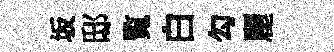
坂邸覧白勾麗